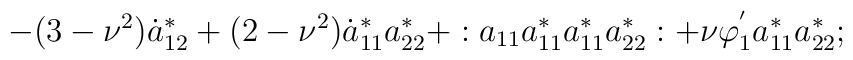
-(3 - \nu^{2})\dot{a}_{12}^{*} + (2 - \nu^{2})\dot{a}_{11}^{*}a_{22}^{*} +:a_{11}a_{11}^{*}a_{11}^{*}a_{22}^{*}: + \nu\varphi_{1}^{'}a_{11}^{*}a_{22}^{*};